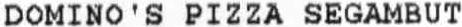
DOMINO'S PIZZA SEGAMBUT